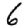
Digit: 6